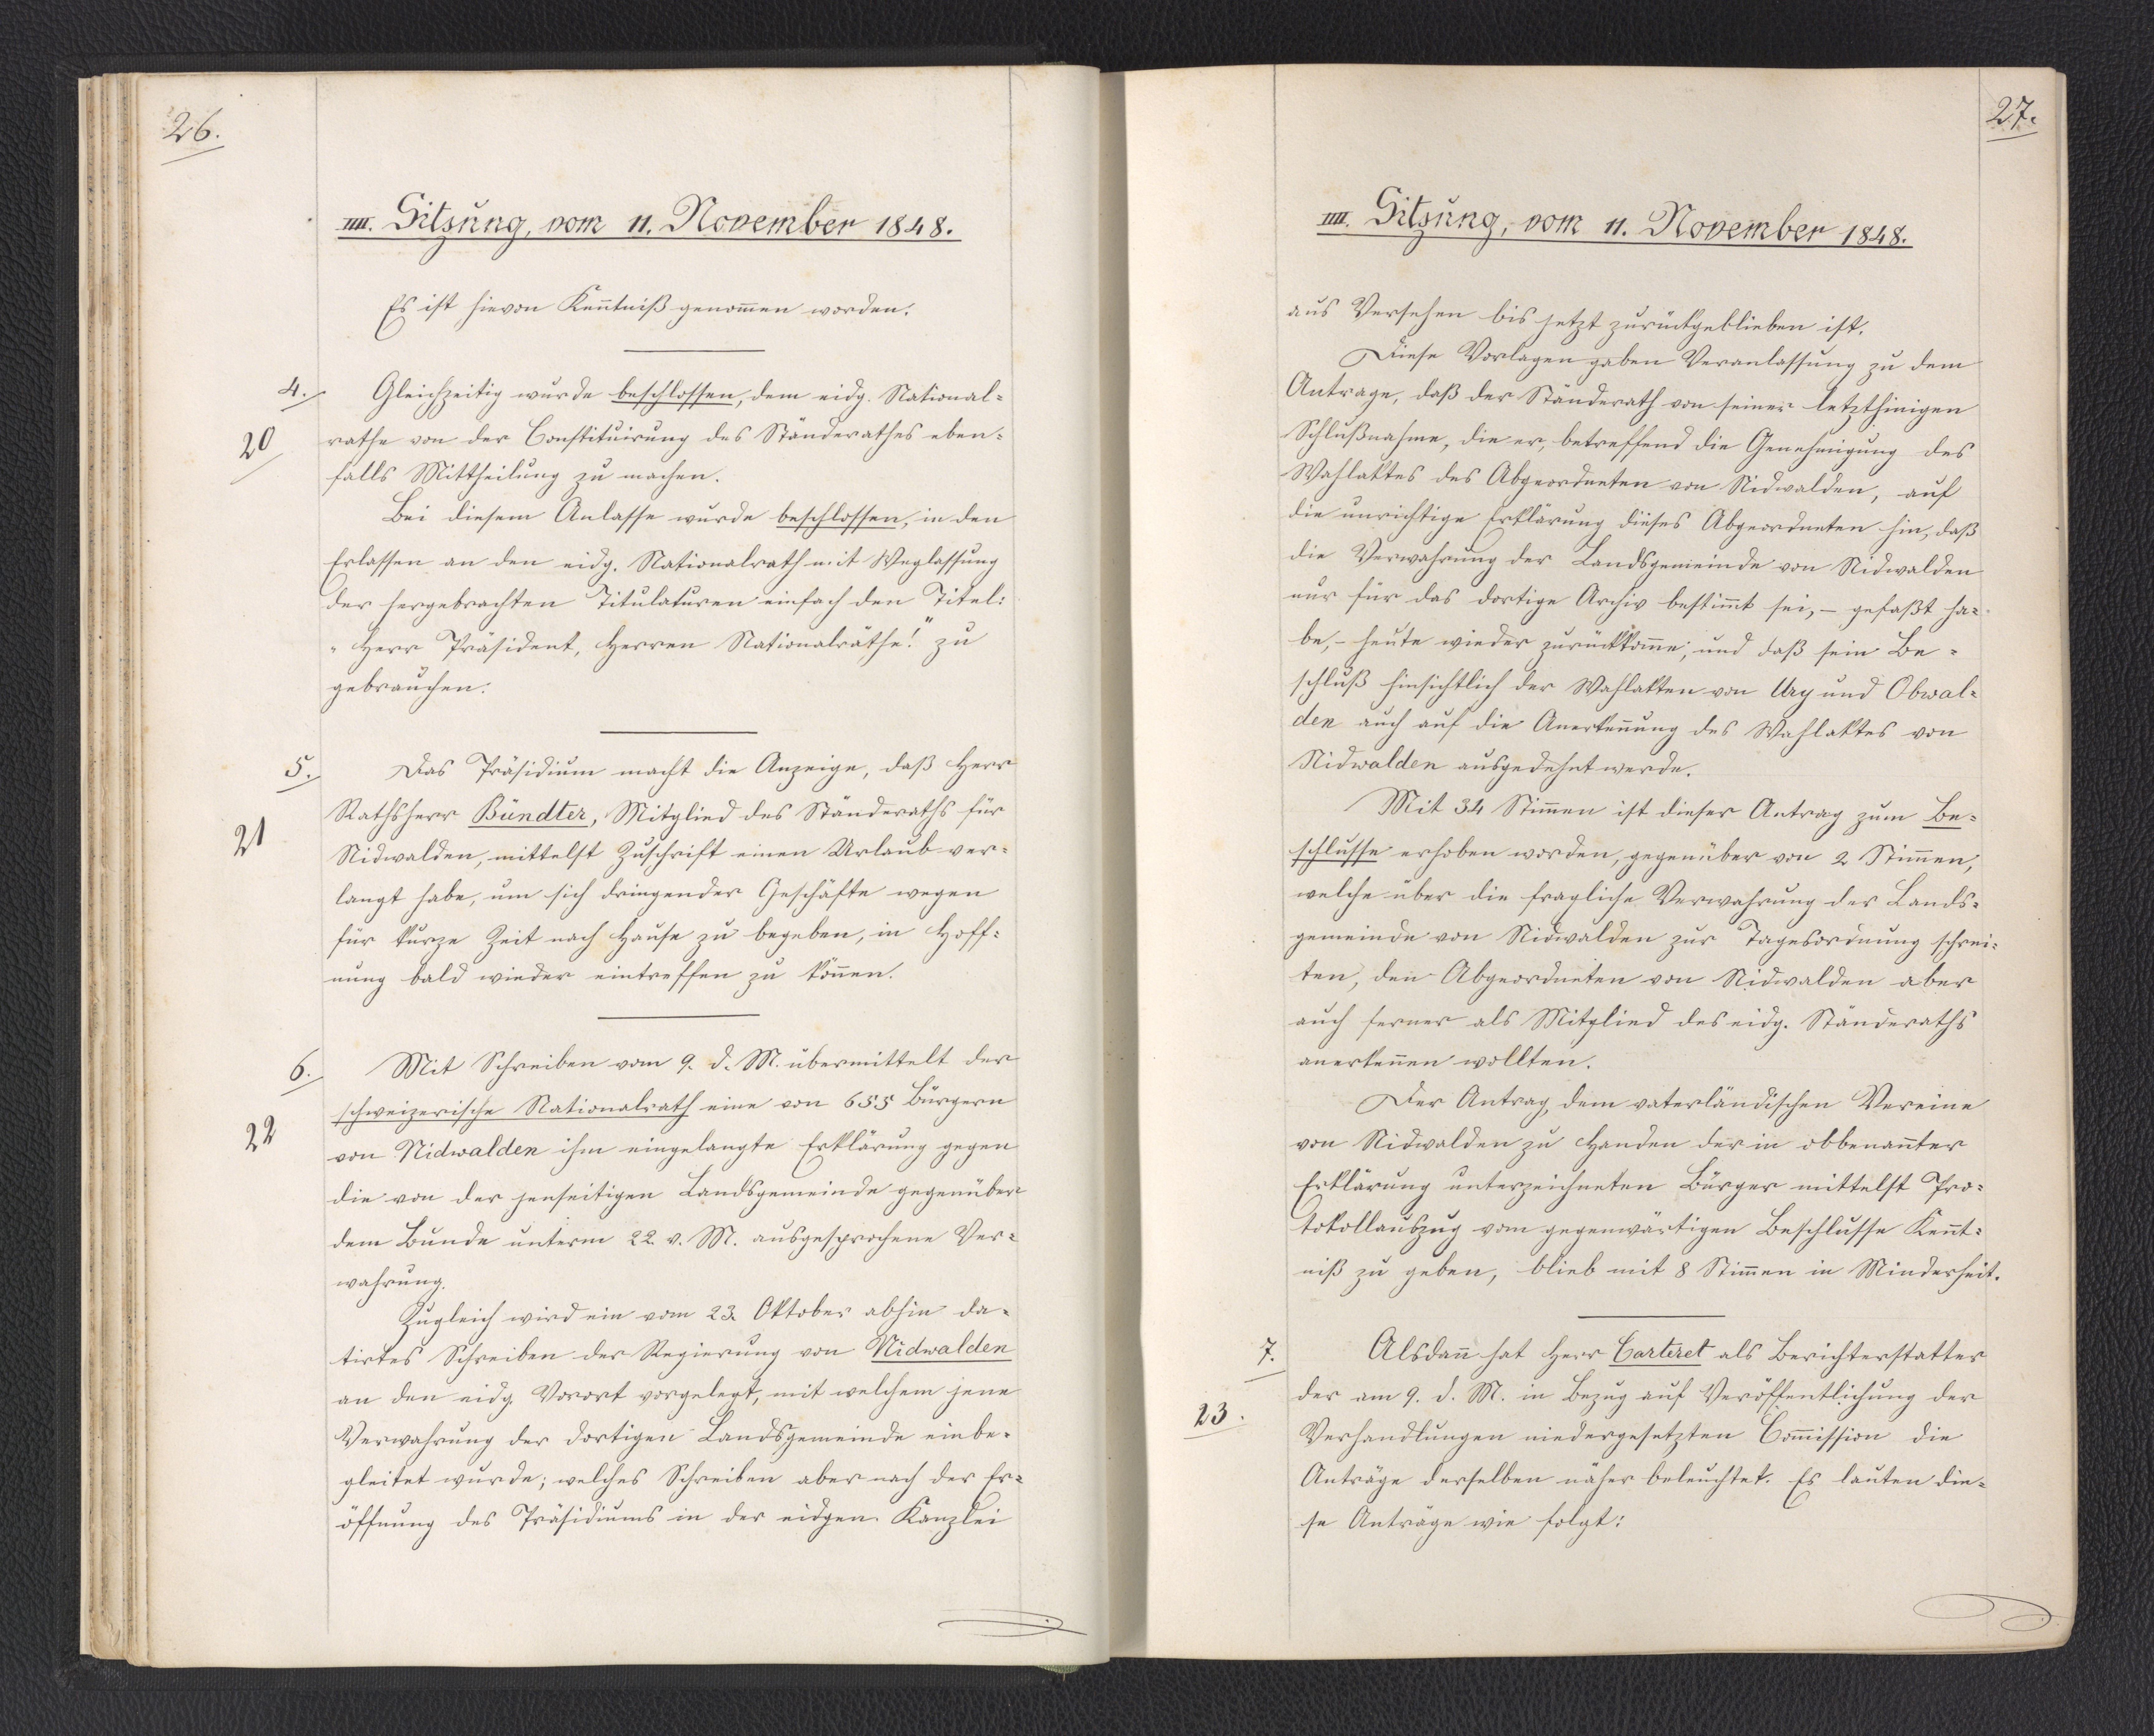
26.

IIII. Sitzung, vom 11. November 1848.

Es ist hievon Kenntniß genommen worden.
Gleichzeitig wurde beschlossen, dem eidg. National¬
rathe von der Constituirung des Ständerathes eben¬
falls Mittheilung zu machen.
Bei diesem Anlasse wurde beschlossen, in den
Erlassen an den eidg. Nationalrath mit Weglassung
der hergebrachten Titulaturen einfach den Titel:
"Herr Präsident, Herren Nationalräthe!" zu
gebrauchen.
Das Präsidium macht die Anzeige, daß Herr
Rathsherr Bündter, Mitglied des Ständeraths für
Nidwalden, mittelst Zuschrift einen Urlaub ver¬
langt habe, um sich dringender Geschäfte wegen
für kurze Zeit nach Hause zu begeben, in Hoff¬
nung bald wieder eintreffen zu können.
Mit Schreiben vom 9. d. M. übermittelt der
schweizerische Nationalrath eine von 655 Bürgern
von Nidwalden ihm eingelangte Erklärung gegen
die von der jenseitigen Landsgemeinde gegenüber
dem Bunde unterm 22. v. M. ausgesprochene Ver¬
wahrung.
Zugleich wird ein vom 23. Oktober abhin da¬
tirtes Schreiben der Regierung von Nidwalden
an den eidg. Vorort vorgelegt, mit welchem jene
Verwahrung der dortigen Landsgemeinde einbe¬
gleitet wurde; welches Schreiben aber nach der Er¬
öffnung des Präsidiums in der eidgen. Kanzlei

4.
20

5.
21

6.
22

27.

IIII. Sitzung, vom 11. November 1848.

aus Versehen bis jetzt zurückgeblieben ist.
Diese Vorlagen gaben Veranlassung zu dem
Antrage, daß der Ständerath von seiner letzthinigen
Schlußnahme, die er, betreffend die Genehmigung des
Wahlaktes des Abgeordneten von Nidwalden, auf
die unrichtige Erklärung dieses Abgeordneten hin, daß
die Verwahrung der Landsgemeinde von Nidwalden
nur für das dortige Archiv bestimmt sei, - gefaßt ha¬
be, - heute wieder zurückkomme, und daß sein Be¬
schluß hinsichtlich der Wahlakten von Ury und Obwal¬
den auch auf die Anerkennung des Wahlaktes von
Nidwalden ausgedehnt werde.
Mit 34 Stimmen ist dieser Antrag zum Be¬
schlusse erhoben worden, gegenüber von 2 Stimmen,
welche über die fragliche Verwahrung der Lands¬
gemeinde von Nidwalden zur Tagesordnung schrei¬
ten, den Abgeordneten von Nidwalden aber
auch ferner als Mitglied des eidg. Ständeraths
anerkennen wollten.
Der Antrag, dem vaterländischen Vereine
von Nidwalden zu Handen der in obbenannter
Erklärung unterzeichneten Bürger mittelst Pro¬
tokollauszug vom gegenwärtigen Beschlusse Kennt¬
niß zu geben, blieb mit 8 Stimmen in Minderheit.
Alsdann hat Herr Carteret als Berichterstatter
der am 9. d. M. in Bezug auf Veröffentlichung der
Verhandlungen niedergesetzten Commission die
Anträge derselben näher beleuchtet. Es lauten die¬
se Anträge wie folgt:

7.
23.